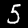
Digit: 5